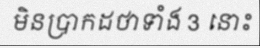
មិនប្រាកដថាទាំង 3 នោះ